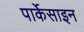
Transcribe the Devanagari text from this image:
पार्केसाइन